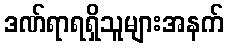
ဒဏ်ရာရရှိသူများအနက်